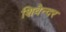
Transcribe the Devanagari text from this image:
शिवेन्दर